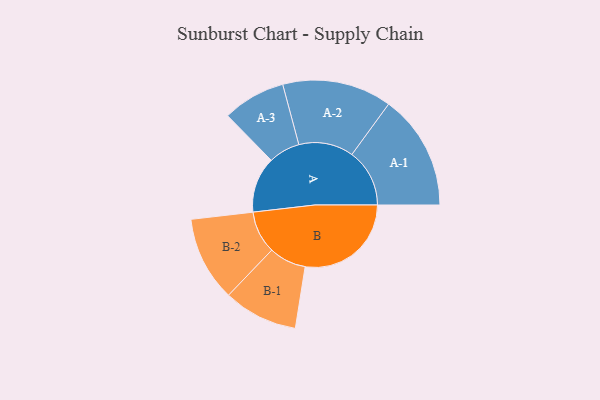
{"axis": {"x": "Segment", "y": "Value"}, "legend": ["", "A", "B"], "data": [{"x": "A", "y": 245, "type": ""}, {"x": "B", "y": 465, "type": ""}, {"x": "A-1", "y": 253, "type": "A"}, {"x": "A-2", "y": 240, "type": "A"}, {"x": "A-3", "y": 138, "type": "A"}, {"x": "B-1", "y": 163, "type": "B"}, {"x": "B-2", "y": 186, "type": "B"}]}